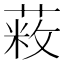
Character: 𦷥